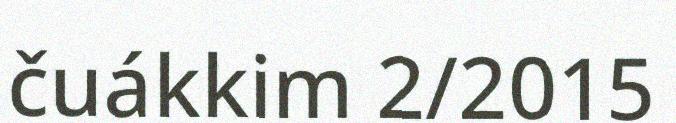
čuákkim 2/2015